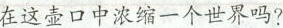
在这壶口中浓缩一个世界吗?